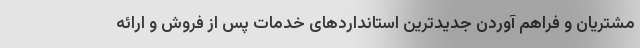
مشتریان و فراهم آوردن جدیدترین استانداردهای خدمات پس از فروش و ارائه